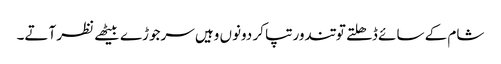
شام کے سائے ڈھلتے تو تندور تپا کر دونوں وہیں سرجوڑے بیٹھے نظر آتے۔